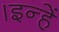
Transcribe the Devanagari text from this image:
।इन्हें